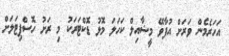
އަހަރެމެން ވަރަށް އުފާވޭ މީޝާއިލް ކަހަލަ މޮޅު ޑޮކްޓަރަކު މި ރަށު ހޮސްޕިޓަލަށް